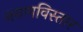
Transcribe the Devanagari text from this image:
नयणविस्तार